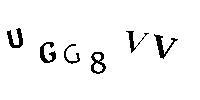
UGC8VV